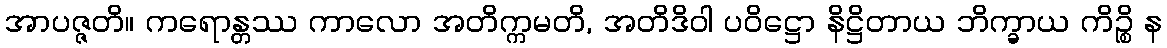
အာပဇ္ဇတိ။ ကရောန္တဿ ကာလော အတိက္ကမတိ, အတိဒိဝါ ပဝိဋ္ဌော နိဋ္ဌိတာယ ဘိက္ခာယ ကိဉ္စိ န